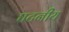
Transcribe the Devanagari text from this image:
घटनीय